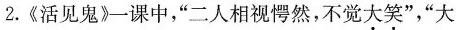
2.《活见鬼》一课中，”二人相视愕然，不觉大笑”，”大